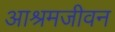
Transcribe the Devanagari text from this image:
आश्रमजीवन